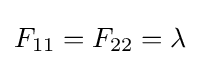
F_{11}=F_{22}=\lambda